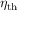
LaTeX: \eta _ { \mathrm { { t h } } }